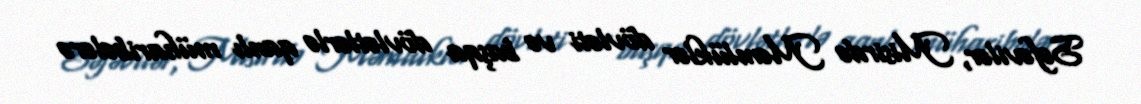
Səfəvilər, Misirdə Məmlüklər dövləti və başqa dövlətlərlə qanlı müharibələrə